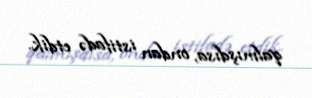
qalmışdısa, ondan istifadə etdik.